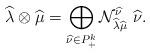
LaTeX: \begin{align*}\widehat{\lambda} \otimes \widehat{\mu} =\bigoplus_{\widehat{\nu} \in P_+^k} {\cal N}_{\widehat{\lambda}\widehat{\mu}}^{\widehat{\nu}}\ \widehat{\nu}.\end{align*}